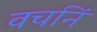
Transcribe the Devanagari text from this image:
वचनिं